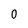
Character: 0